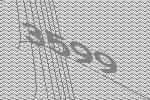
3599